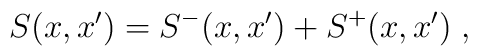
S(x,x')=S^-(x,x')+S^+(x,x')\;,